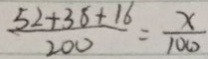
\frac { 5 2 + 3 8 + 1 6 } { 2 0 0 } = \frac { x } { 1 0 0 }